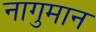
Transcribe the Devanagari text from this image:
नागुमान